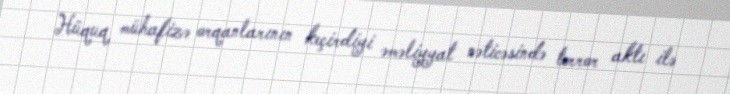
Hüquq mühafizə orqanlarının keçirdiyi əməliyyat nəticəsində terror aktı ilə